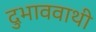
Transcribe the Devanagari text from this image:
दुभाववाथी